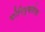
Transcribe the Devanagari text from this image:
योनिपुष्ठतेचा